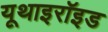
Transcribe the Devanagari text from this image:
यूथाइरॉइड